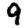
Digit: 9